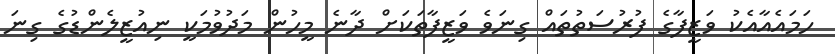
ހަމައެއާއެކު ވަޒީފާގެ ފުރުސަތުތައް ގިނަވެ ވަޒީފާތަކަށް ދާނެ މީހުން މަދުވުމަކީ ނިއުޒީލެންޑުގެ ގިނަ